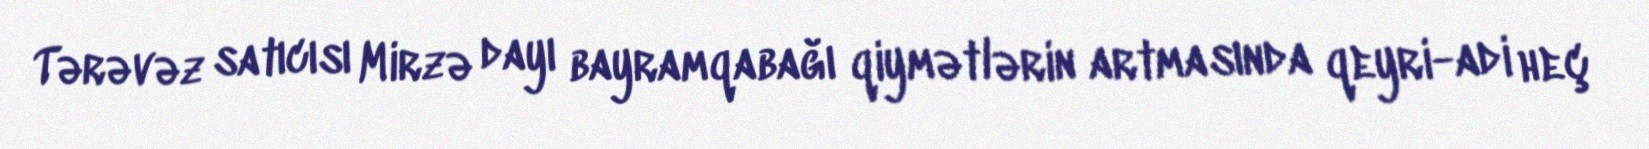
Tərəvəz satıcısı Mirzə dayı bayramqabağı qiymətlərin artmasında qeyri-adi heç